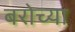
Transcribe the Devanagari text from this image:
बरोच्या